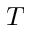
T